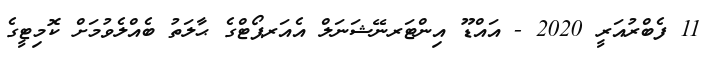
11 ފެބްރުއަރީ 2020 - އައްޑޫ އިންޓަރނޭޝަނަލް އެއަރޕޯޓްގެ ޙާލަތު ބެއްލެވުމަށް ކޮމިޓީގެ